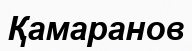
Қамаранов